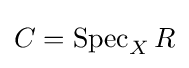
C=\operatorname {Spec} _{X}R